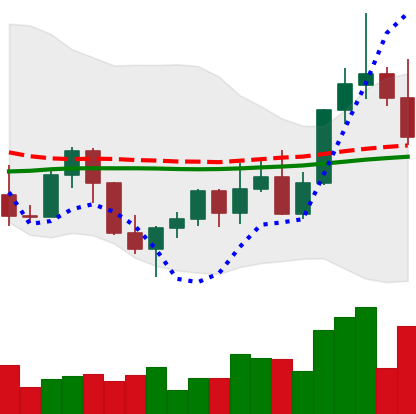
Ticker: LINK-USD
Chart end date: 2022-11-02
Forward return: 19.768%
Label: up_7plus